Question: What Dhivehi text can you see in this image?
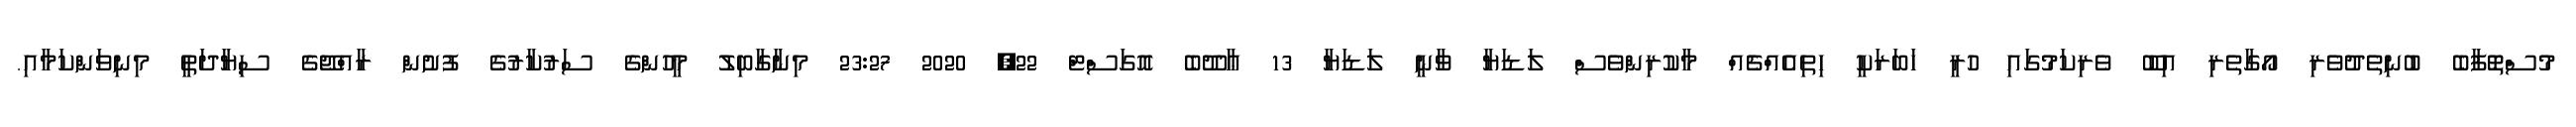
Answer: މުސްތޮފާބެ ބުނިތެދުވެރި އޯގާތެރި އިބޫ ވެރިކަމުގައި ހުރީ ހަބަރަކީ ހިތިއެއްޗެއް މާކުރިންވެސް ލަޑަޔާ ވާނީ ލަޑަޔާ 13 ޢާދޫބެ އޮގަސްޓް 22, 2020 23:27 މިނާގާބިލު މީހުންގެ ސަރުކާރުގެ ފުށުން ރާއްޖޭގެ ސިޔާދަތީ މިނިވަންކަމާއި.